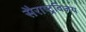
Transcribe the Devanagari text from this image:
सैराष्ट्रविजय